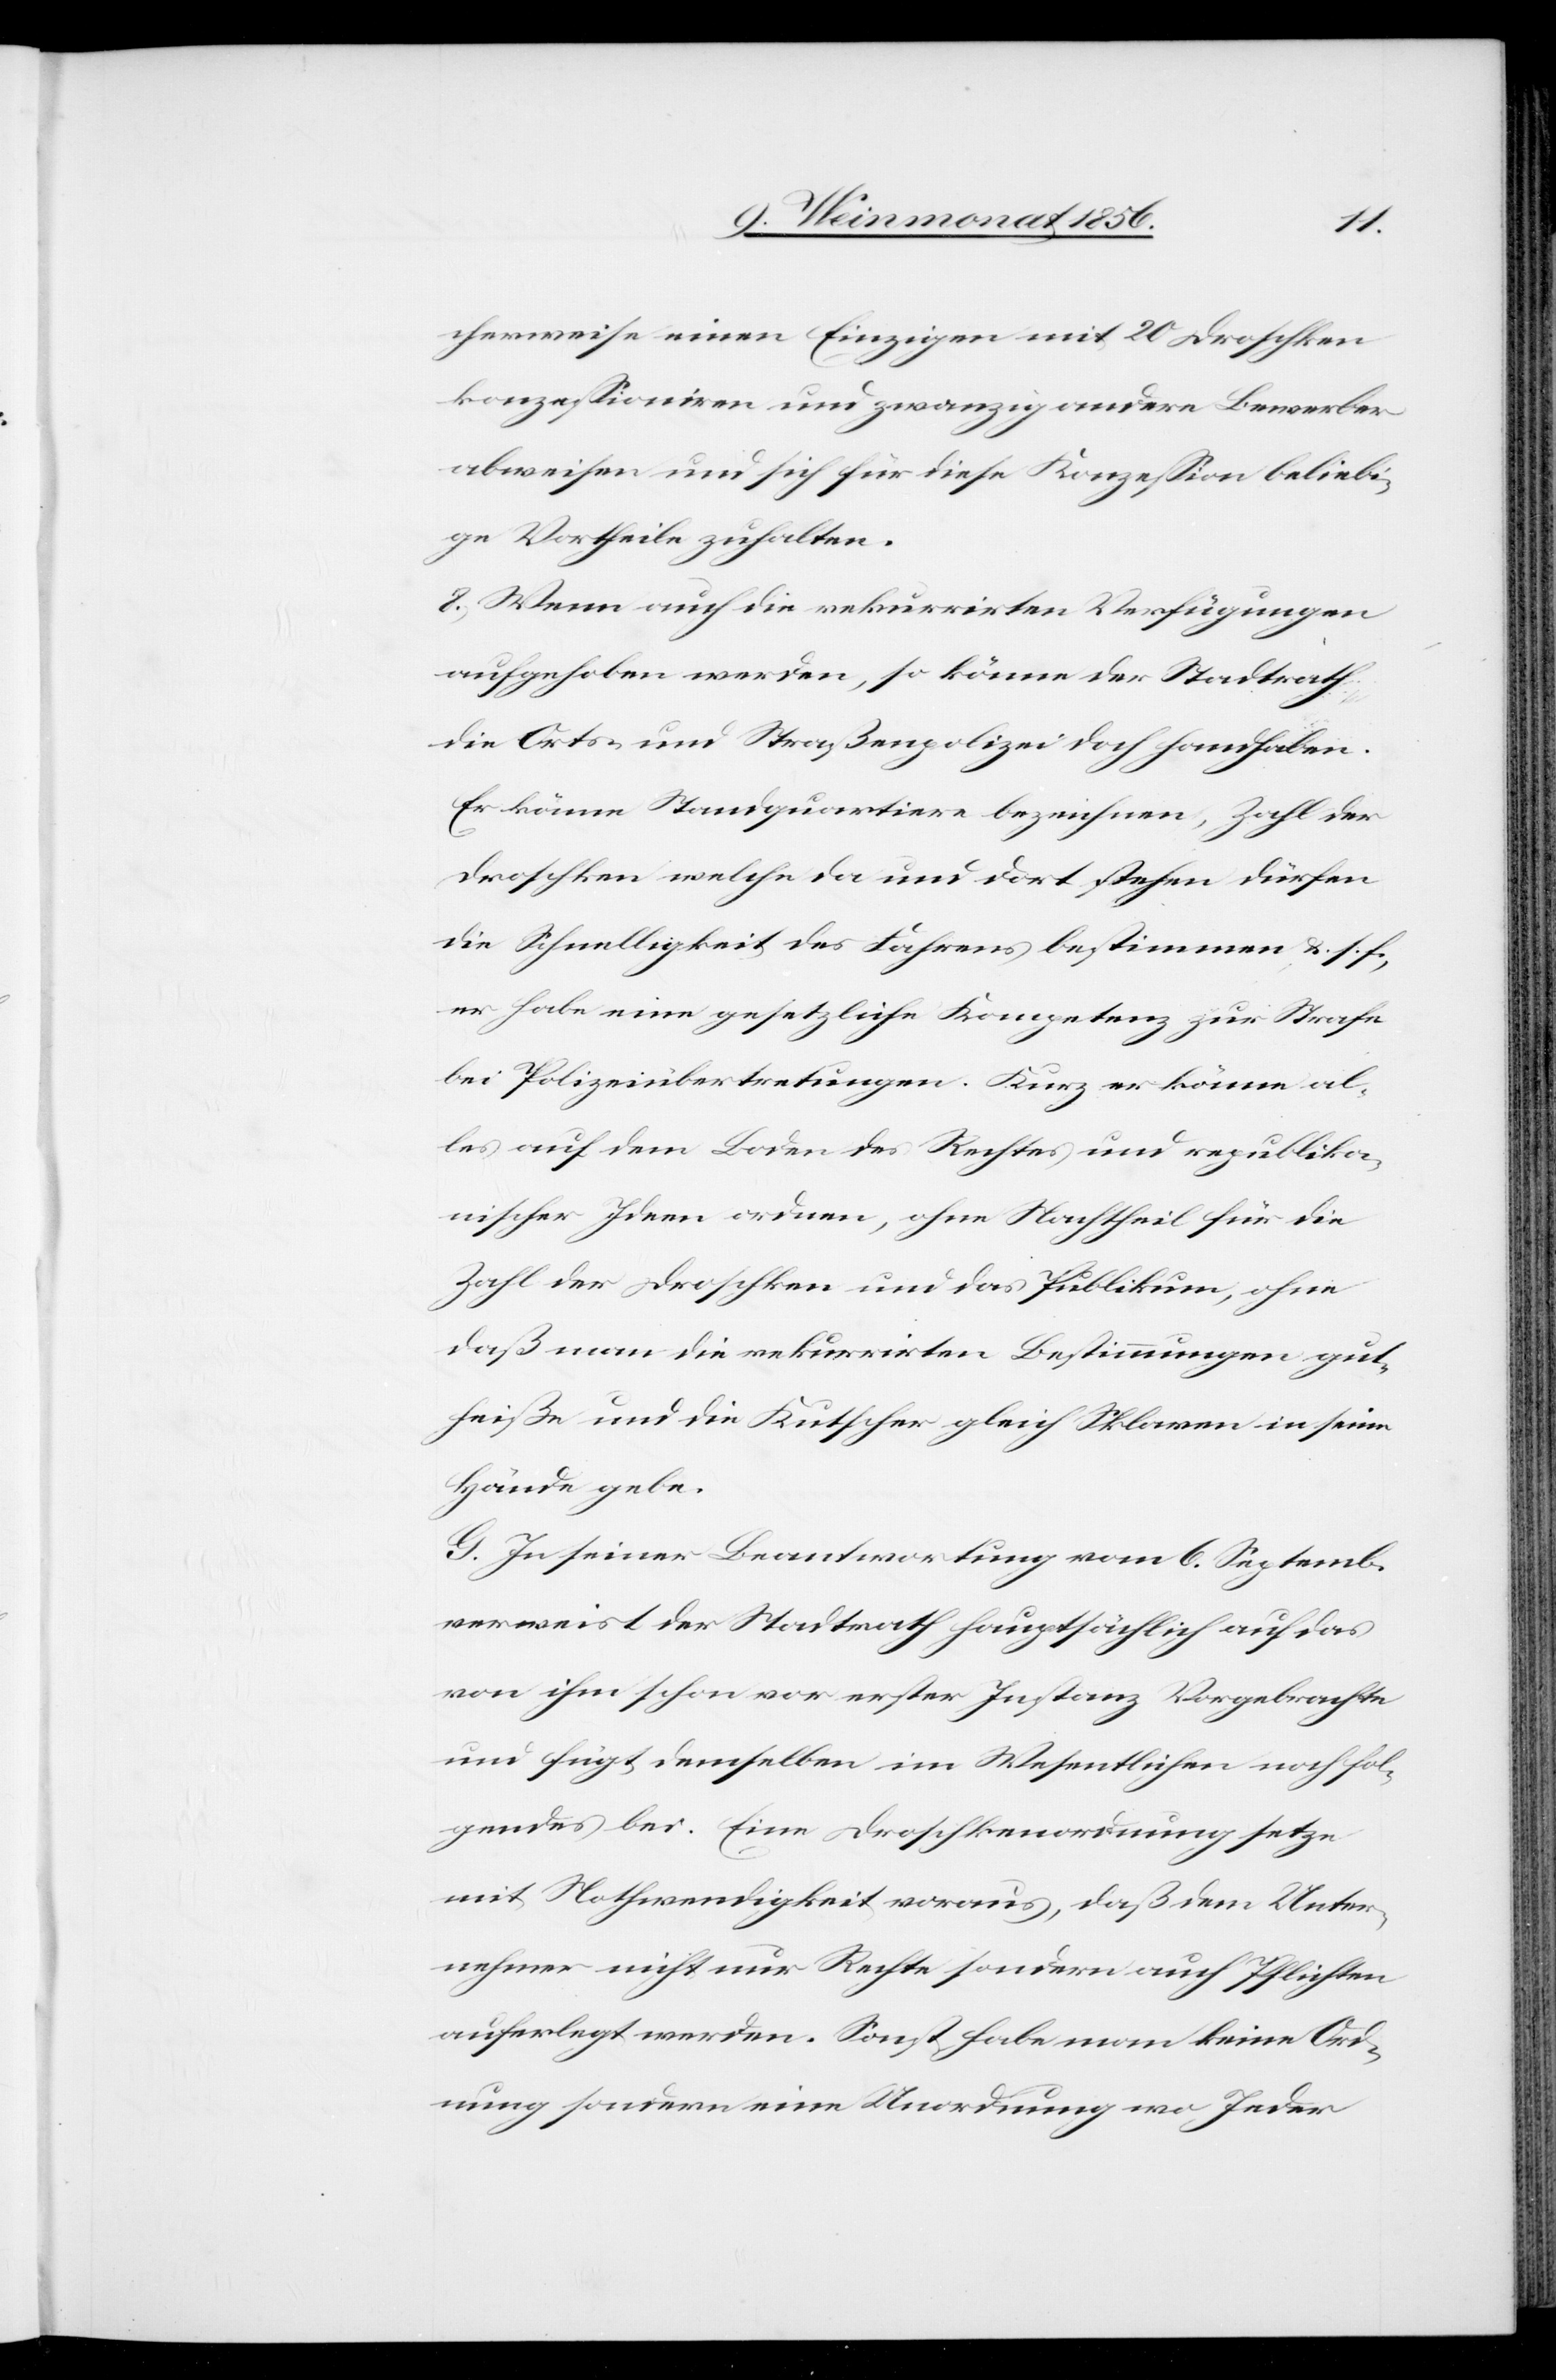
cherweise einen Einzigen mit 20 Droschken
konzessioniren und zwanzig andere Bewerber
abweisen und sich für diese Konzession beliebi¬
ge Vortheile zuhalten.
8.) Wenn auch die rekurrirten Verfügungen
aufgehoben werden, so könne der Stadtrath
die Orts- und Straßenpolizei doch handhaben.
Er könne Standquartiere bezeichnen, Zahl der
Droschken welche da und dort stehen dürfen[,]
die Schnelligkeit des Fahrens bestimmen &. s. f.,
er habe eine gesetzliche Kompetenz zur Strafe
bei Polizeiübertretungen. Kurz er könne al¬
les auf dem Boden des Rechtes und republika¬
nischer Ideen ordnen, ohne Nachtheil für die
Zahl der Droschken und das Publikum, ohne
daß man die rekurrirten Bestimmungen gut¬
heiße und die Kutscher gleich Sklaven in seine
Hände gebe.
G. In seiner Beantwortung vom 6. Septemb.
verweist der Stadtrath hauptsächlich auf das
von ihm schon vor erster Instanz Vorgebrachte
und fügt demselben im Wesentlichen noch fol¬
gendes bei. Eine Droschkenordnung setze
mit Nothwendigkeit voraus, daß dem Unter¬
nehmer nicht nur Rechte sondern auch Pflichten
auferlegt werden. Sonst habe man keine Ord¬
nung sondern eine Unordnung wo Jeder